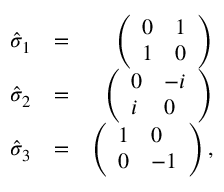
\begin{array} { r l r } { \hat { \sigma } _ { 1 } } & { = } & { \left( \begin{array} { l l } { 0 } & { 1 } \\ { 1 } & { 0 } \end{array} \right) } \\ { \hat { \sigma } _ { 2 } } & { = } & { \left( \begin{array} { l l } { 0 } & { - i } \\ { i } & { 0 } \end{array} \right) } \\ { \hat { \sigma } _ { 3 } } & { = } & { \left( \begin{array} { l l } { 1 } & { 0 } \\ { 0 } & { - 1 } \end{array} \right) , } \end{array}